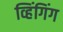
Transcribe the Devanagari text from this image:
व्हिंगिंग